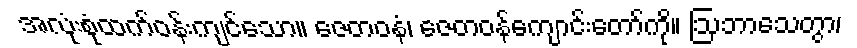
အလုံးစုံထက်ဝန်းကျင်သော။ ဇေတဝနံ၊ ဇေတဝန်ကျောင်းတော်ကို။ ဩဘာသေတွာ၊